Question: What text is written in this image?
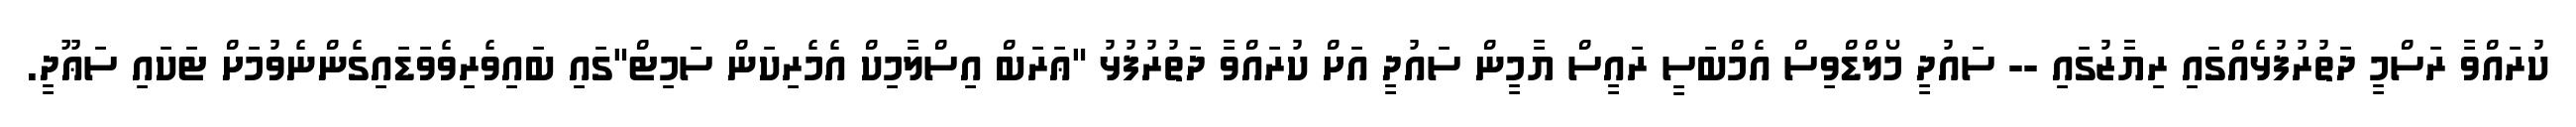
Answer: ކުރައްވާ ރަސްމީ ދަތުރުފުޅެއްގައި ރިޔާޒުގައި -- ސައުދީ މޯލްޑްވިސް އެމްބަސީ ރައީސް ޔާމީން ސައުދީ އަށް ކުރައްވާ ދަތުރުފުޅު "ޢަރަބް އިސްލާމިކް އެމެރިކަން ސަމިޓް"ގައި ބައިވެރިވެވަޑައިގެންނެވުމަށް ޓަކައި ސަޢޫދީ.